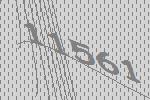
11561